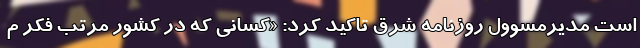
است مدیرمسوول روزنامه شرق تاکید کرد: «کسانی که در کشور مرتب فکر م